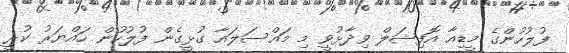
ފުލުހުންގެ މީޑިއާ އޮފިޝަލް ވިދާޅުވީ މި މައްސަލައާ ގުޅީގެން ފުލުހުން ހައްޔަރު ކުރީ